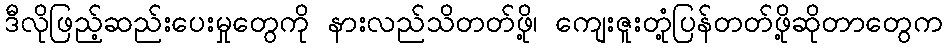
ဒီလိုဖြည့်ဆည်းပေးမှုတွေကို နားလည်သိတတ်ဖို့၊ ကျေးဇူးတုံ့ပြန်တတ်ဖို့ဆိုတာတွေက